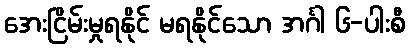
အေးငြိမ်းမှုရနိုင် မရနိုင်သော အင်္ဂါ ၆-ပါးစီ